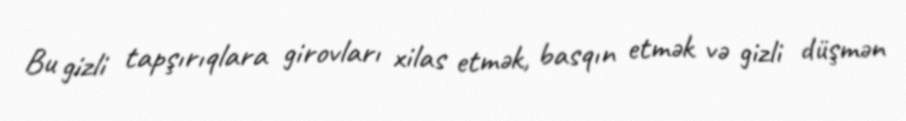
Bu gizli tapşırıqlara girovları xilas etmək, basqın etmək və gizli düşmən